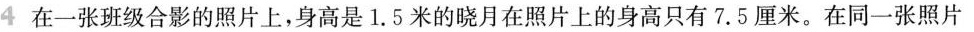
4 在一张班级合影的照片上，身高是1.5米的晓月在照片上的身高只有7.5厘米。在同一张照片